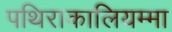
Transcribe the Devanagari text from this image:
पथिराकालियम्मा